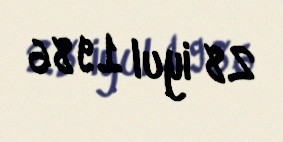
28 iyul 1986